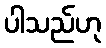
ပါသည်ဟု